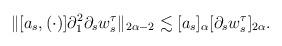
LaTeX: \begin{align*}\| [a_s, (\cdot)] \partial_1^2 \partial_s w_{s}^{\tau}\|_{2\alpha -2} \lesssim [a_s]_{\alpha}[ \partial_s w_{s}^{\tau}]_{2\alpha}.\end{align*}